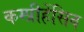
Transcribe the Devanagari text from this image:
कम्प्रीहेंसिव